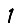
Digit: 1